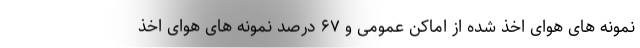
نمونه های هوای اخذ شده از اماکن عمومی و ۶۷ درصد نمونه های هوای اخذ